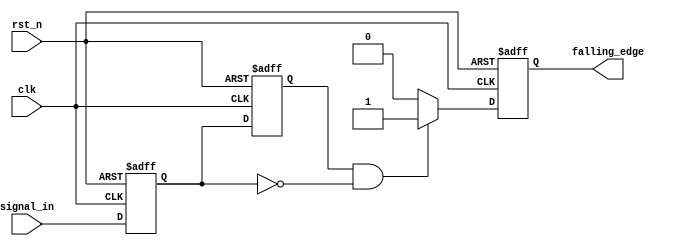
module falling_edge_detector (
    input wire clk,                // Clock signal
    input wire rst_n,              // Asynchronous active-low reset
    input wire signal_in,          // Input signal to monitor
    output reg falling_edge        // Output signal indicating falling edge
);

    // Memory blocks to store current and previous states
    reg current_state;             // Current state of the input signal
    reg previous_state;            // Previous state of the input signal

    // Sequential logic to update states on the rising edge of the clock
    always @(posedge clk or negedge rst_n) begin
        if (!rst_n) begin
            current_state <= 1'b0;  // Initialize current_state to 0
            previous_state <= 1'b0; // Initialize previous_state to 0
            falling_edge <= 1'b0;    // Initialize falling_edge to 0
        end else begin
            // Update previous state to current state
            previous_state <= current_state;
            // Update current state to the new value of signal_in
            current_state <= signal_in;

            // Edge detection logic
            if (previous_state == 1'b1 && current_state == 1'b0) begin
                falling_edge <= 1'b1;  // Falling edge detected
            end else begin
                falling_edge <= 1'b0;  // No falling edge
            end
        end
    end

endmodule